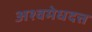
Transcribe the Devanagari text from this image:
अश्वमेधदत्त